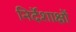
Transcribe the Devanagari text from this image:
निर्देशाक्षों